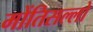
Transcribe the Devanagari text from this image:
मोंतिसल्लो